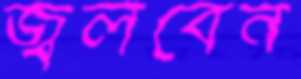
জ্বলবেন